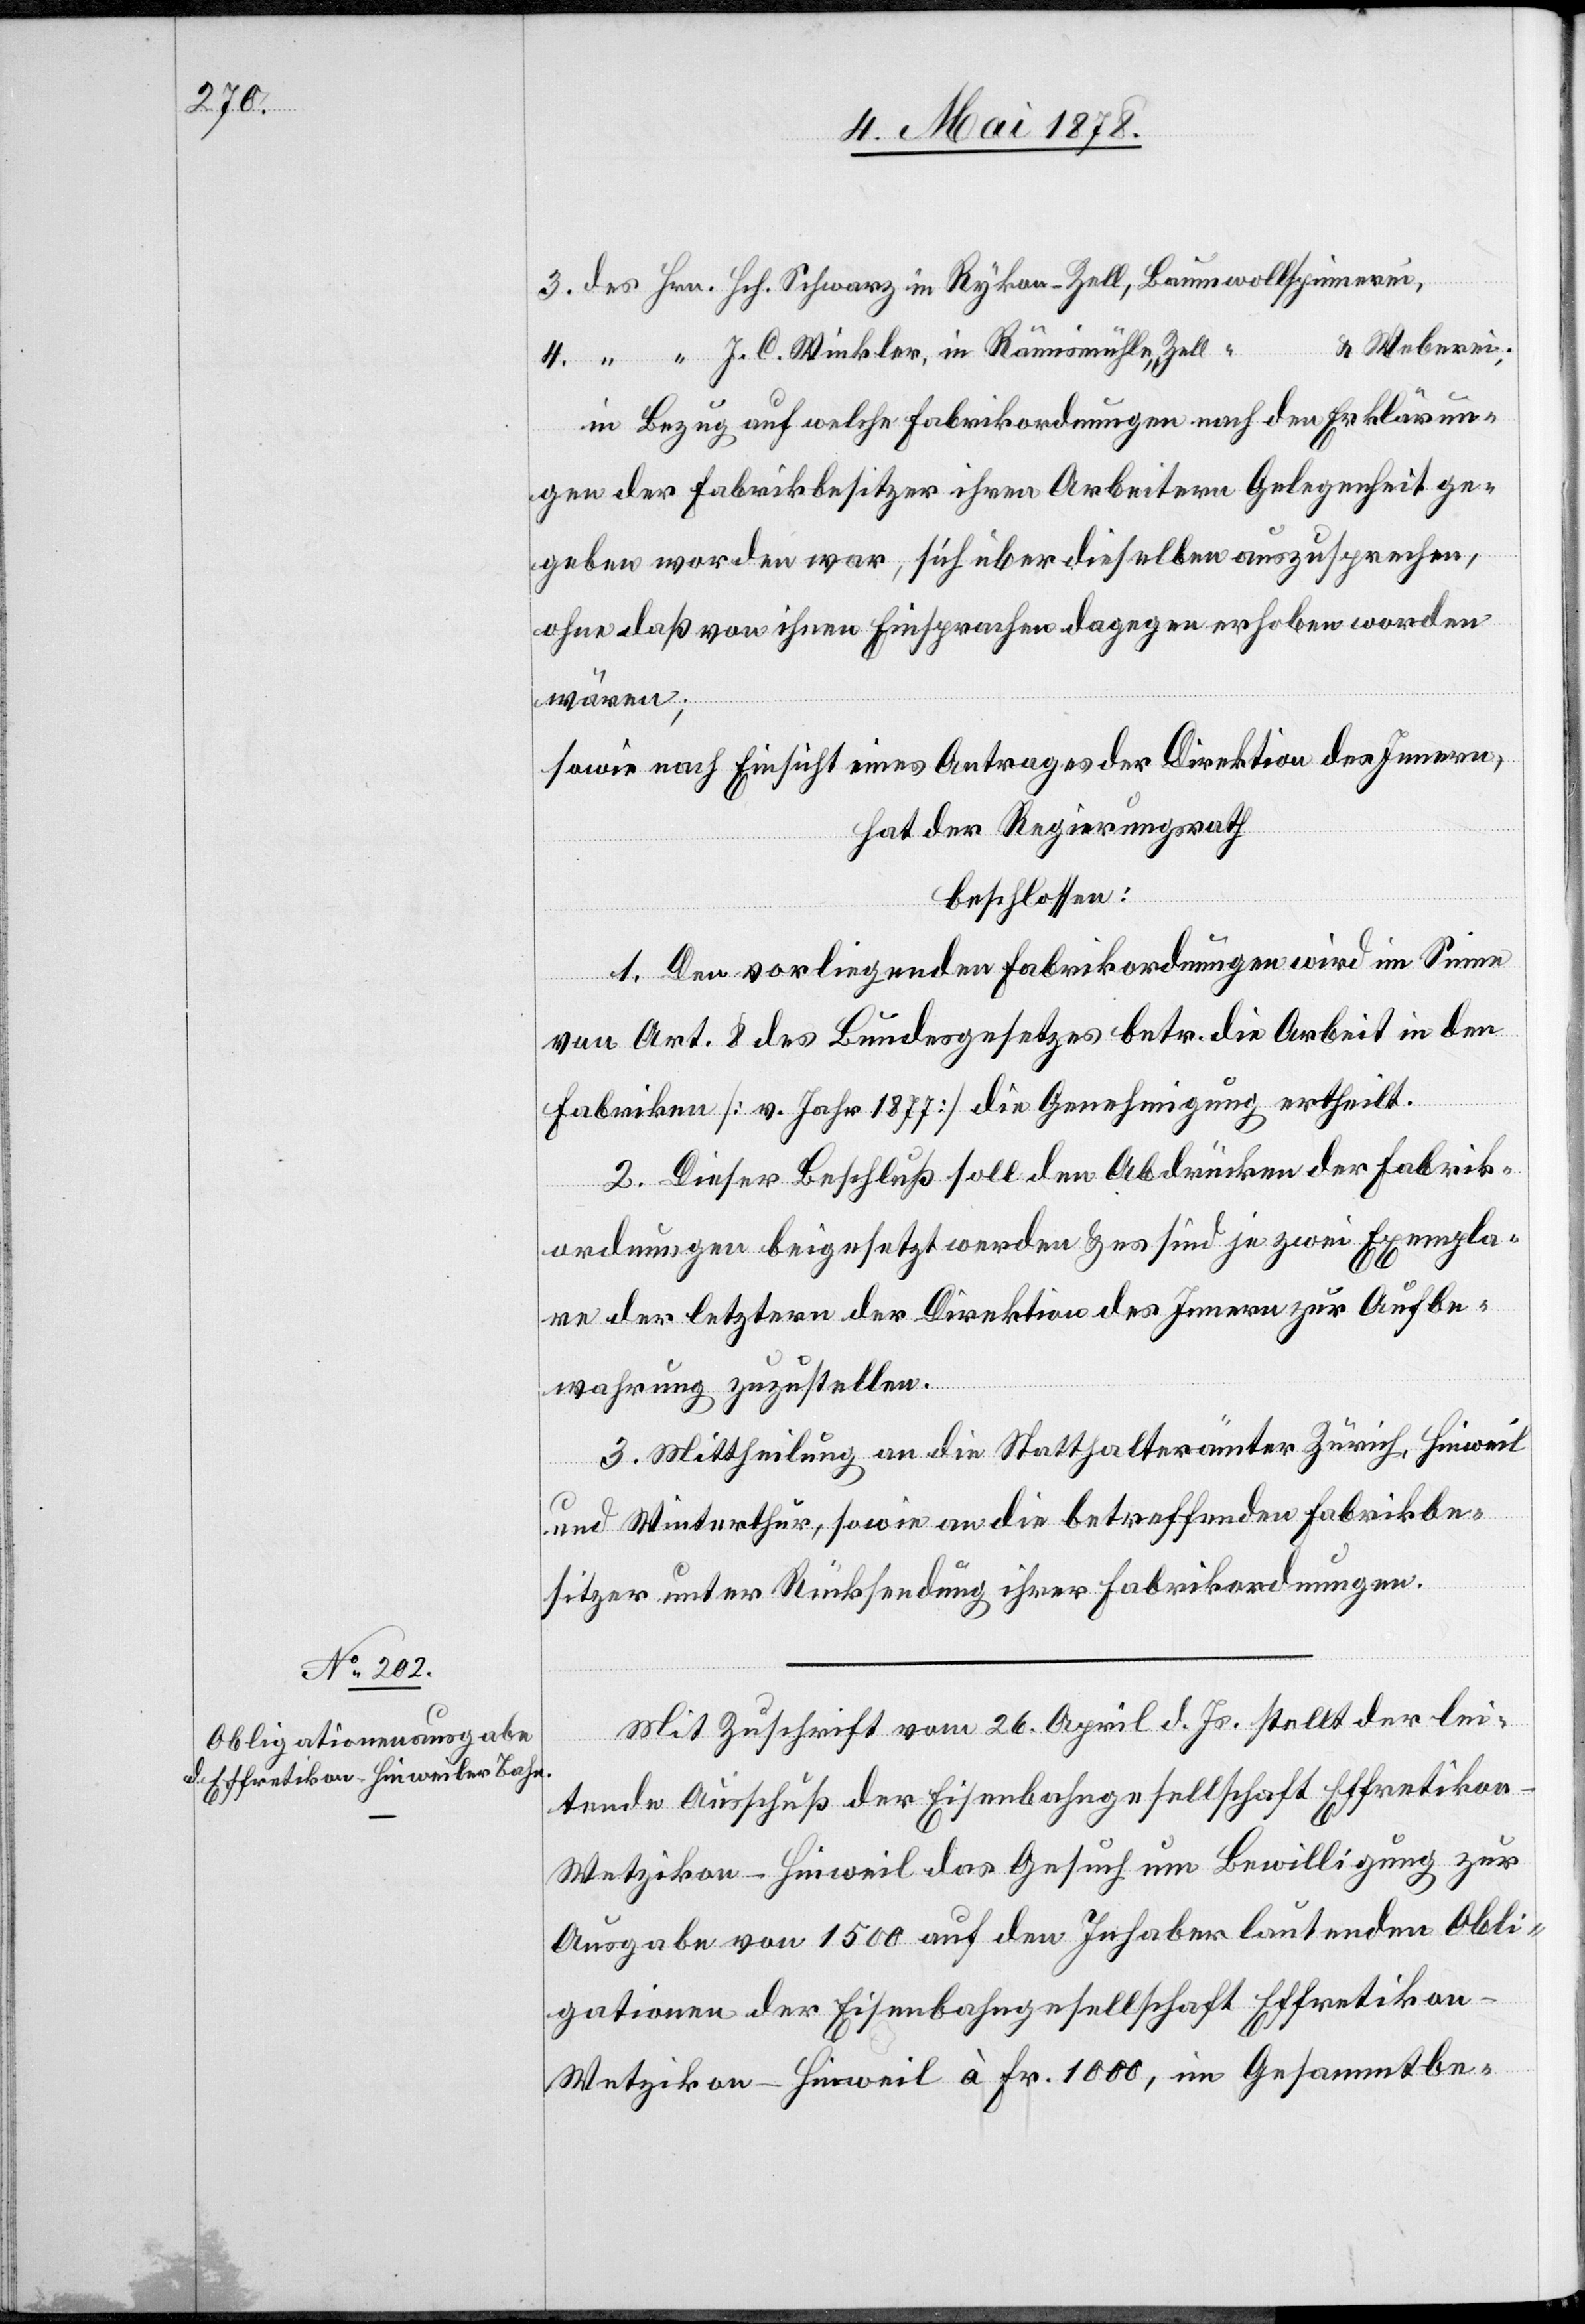
3. des Hrn. Hch. Schwarz in Rykon - Zell, Baumwollspinnerei,
& Weberei;
4. “ “ J. C. Winkler, in Rämismühle, Zell,
in Bezug auf welche Fabrikordnungen nach den Erklärun¬
gen der Fabrikbesitzer ihren Arbeitern Gelegenheit ge¬
geben worden war, sich über dieselben auszusprechen,
ohne daß von ihnen Einsprache dagegen erhoben worden
wären;
sowie nach Einsicht eines Antrages der Direktion des Innern,
hat der Regierungsrath
beschlossen:
1. Den vorliegenden Fabrikordnungen wird im Sinne
von Art. 8 des Bundesgesetzes betr. die Arbeit in den
Fabriken [v. Jahr 1877] die Genehmigung ertheilt.
2. Dieser Beschluß soll den Abdrücken der Fabrik¬
ordnungen beigesetzt werden & es sind je zwei Exempla¬
re der letztern der Direktion des Innern zur Aufbe¬
wahrung zuzustellen.
3. Mittheilung an die Statthalterämter Zürich, Hinweil
und Winterthur, sowie an die betreffenden Fabrikbe¬
sitzer unter Rücksendung ihrer Fabrikordnungen.
Mit Zuschrift vom 26. April d. Js. stellt der lei¬
tende Ausschuß der Eisenbahngesellschaft Effretiko¬
n–Wetzikon–Hinweil das Gesuch um Bewilligung zur
Ausgabe von 1500 auf den Inhaber lautenden Obli¬
gationen der Eisenbahngesellschaft Effretikon–W¬
etzikon–Hinweil à Fr. 1000, im Gesammtbe-